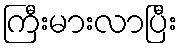
ကြီးမားလာပြီး